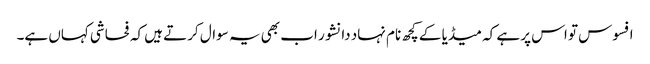
افسوس تو اس پر ہے کہ میڈیا کے کچھ نام نہاد دانشور اب بھی یہ سوال کرتے ہیں کہ فحاشی کہاں ہے۔